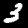
Label: 3